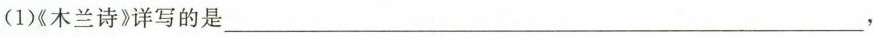
（1）《木兰诗》详写的是___,